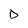
Character: D